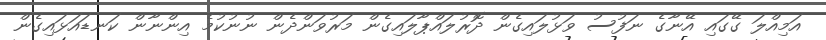
އަމިއްލަ ގޭގައި އޭނާގެ ނަފުސު ވަޅުލައިގެން ދޮރުލައްޕާލައިގެން މަރުވަންދެން ނުނުކުމެ އިންނާން ކަނޑައަޅައިގެން